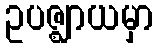
ဥပဇ္ဈာယမှာ